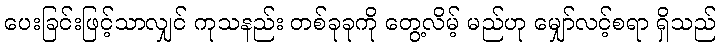
ပေးခြင်းဖြင့်သာလျှင် ကုသနည်း တစ်ခုခုကို တွေ့လိမ့် မည်ဟု မျှော်လင့်စရာ ရှိသည်